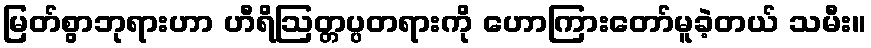
မြတ်စွာဘုရားဟာ ဟီရိဩတ္တပ္ပတရားကို ဟောကြားတော်မူခဲ့တယ် သမီး။